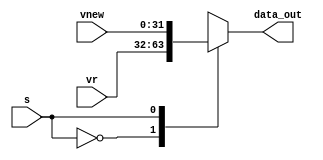
`timescale 1ns / 1ps
//////////////////////////////////////////////////////////////////////////////////
// Company: 
// Engineer: 
// 
// Design Name: 
// Module Name: mux2o1
// Project Name: 
// Target Devices: 
// Tool Versions: 
// Description: 
// 
// Dependencies: 
// 
// Revision:
// Revision 0.01 - File Created
// Additional Comments:
// 
//////////////////////////////////////////////////////////////////////////////////


module mux2o1

(
    input [31:0] vr,
    input [31:0] vnew,
    input s,
    output reg [31:0] data_out
 );
    
    
    always @(*) begin
    case ({s})
        3'b0 : data_out = vr;
        3'b1 : data_out = vnew;
        default : data_out = 32'hXXXX_XXXX; 
    endcase
end
    
    
endmodule